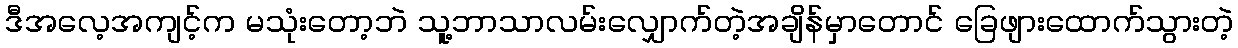
ဒီအလေ့အကျင့်က မသုံးတော့ဘဲ သူ့ဘာသာလမ်းလျှောက်တဲ့အချိန်မှာတောင် ခြေဖျားထောက်သွားတဲ့